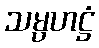
သမ္ပဟဋ္ဌံ